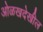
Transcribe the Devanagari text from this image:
ओळखदेखील